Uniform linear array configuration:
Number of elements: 64
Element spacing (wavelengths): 1
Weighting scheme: cosine
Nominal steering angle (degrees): -45
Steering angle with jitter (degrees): -45.53
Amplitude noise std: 0.05
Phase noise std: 0.05

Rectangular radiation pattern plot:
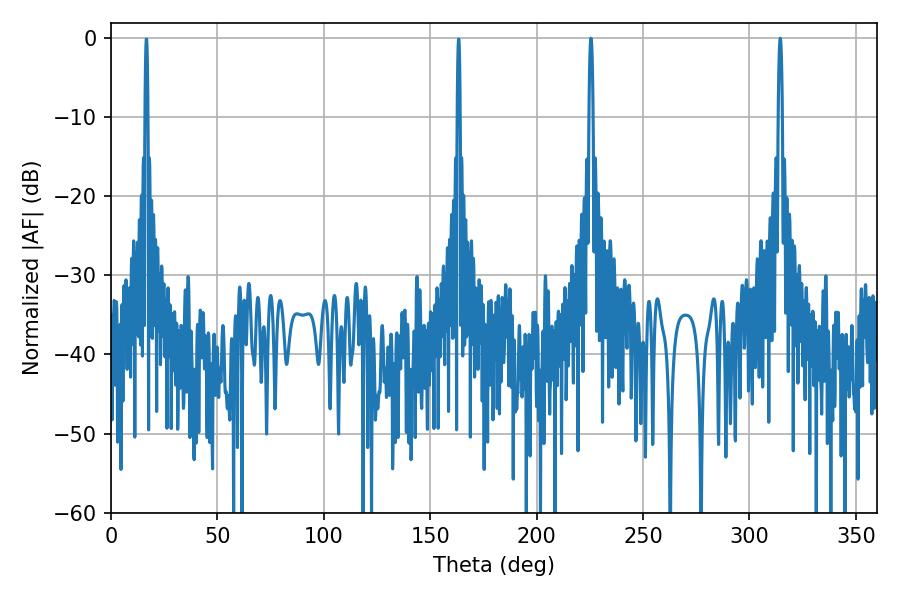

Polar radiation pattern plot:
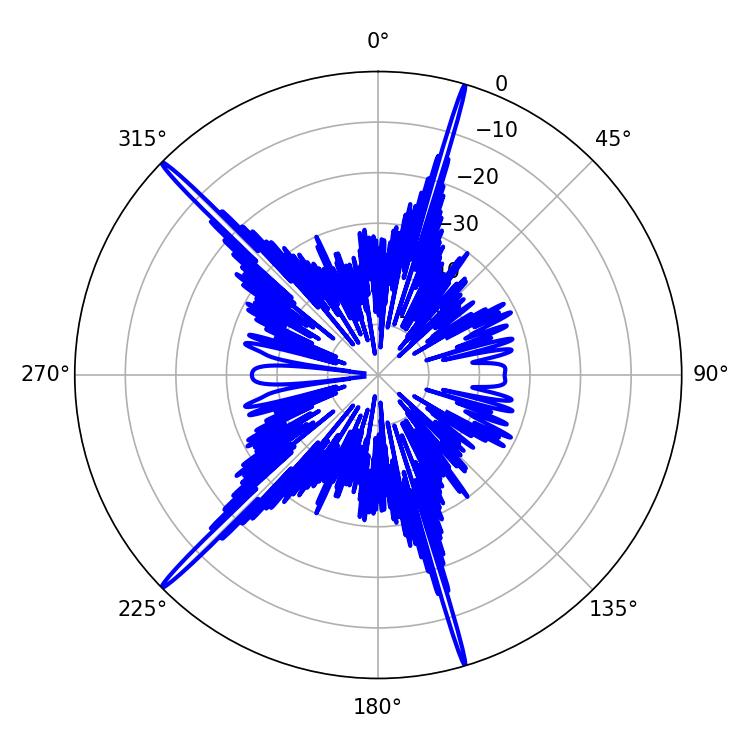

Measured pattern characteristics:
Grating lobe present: TRUE
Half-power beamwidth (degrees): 1.08
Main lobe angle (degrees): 314.46